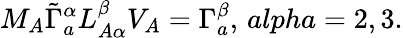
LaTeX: M_{A}\tilde{\Gamma}_{a}^{\alpha}L_{A\alpha}^{\beta}V_{A}=\Gamma_{a}^{\beta},\, alpha=2,3.